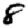
Digit: 8